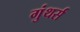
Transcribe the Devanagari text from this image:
गुंथर्स